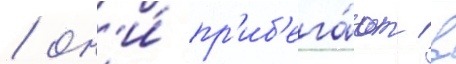
/ он'и́ пр'иб'ега́ют в